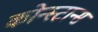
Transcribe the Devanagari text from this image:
कोन्स्टान्स